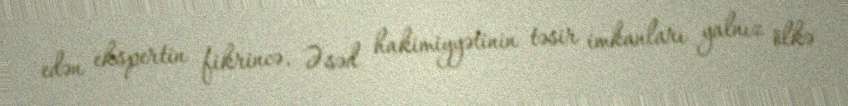
edən ekspertin fikrincə, Əsəd hakimiyyətinin təsir imkanları yalnız ölkə